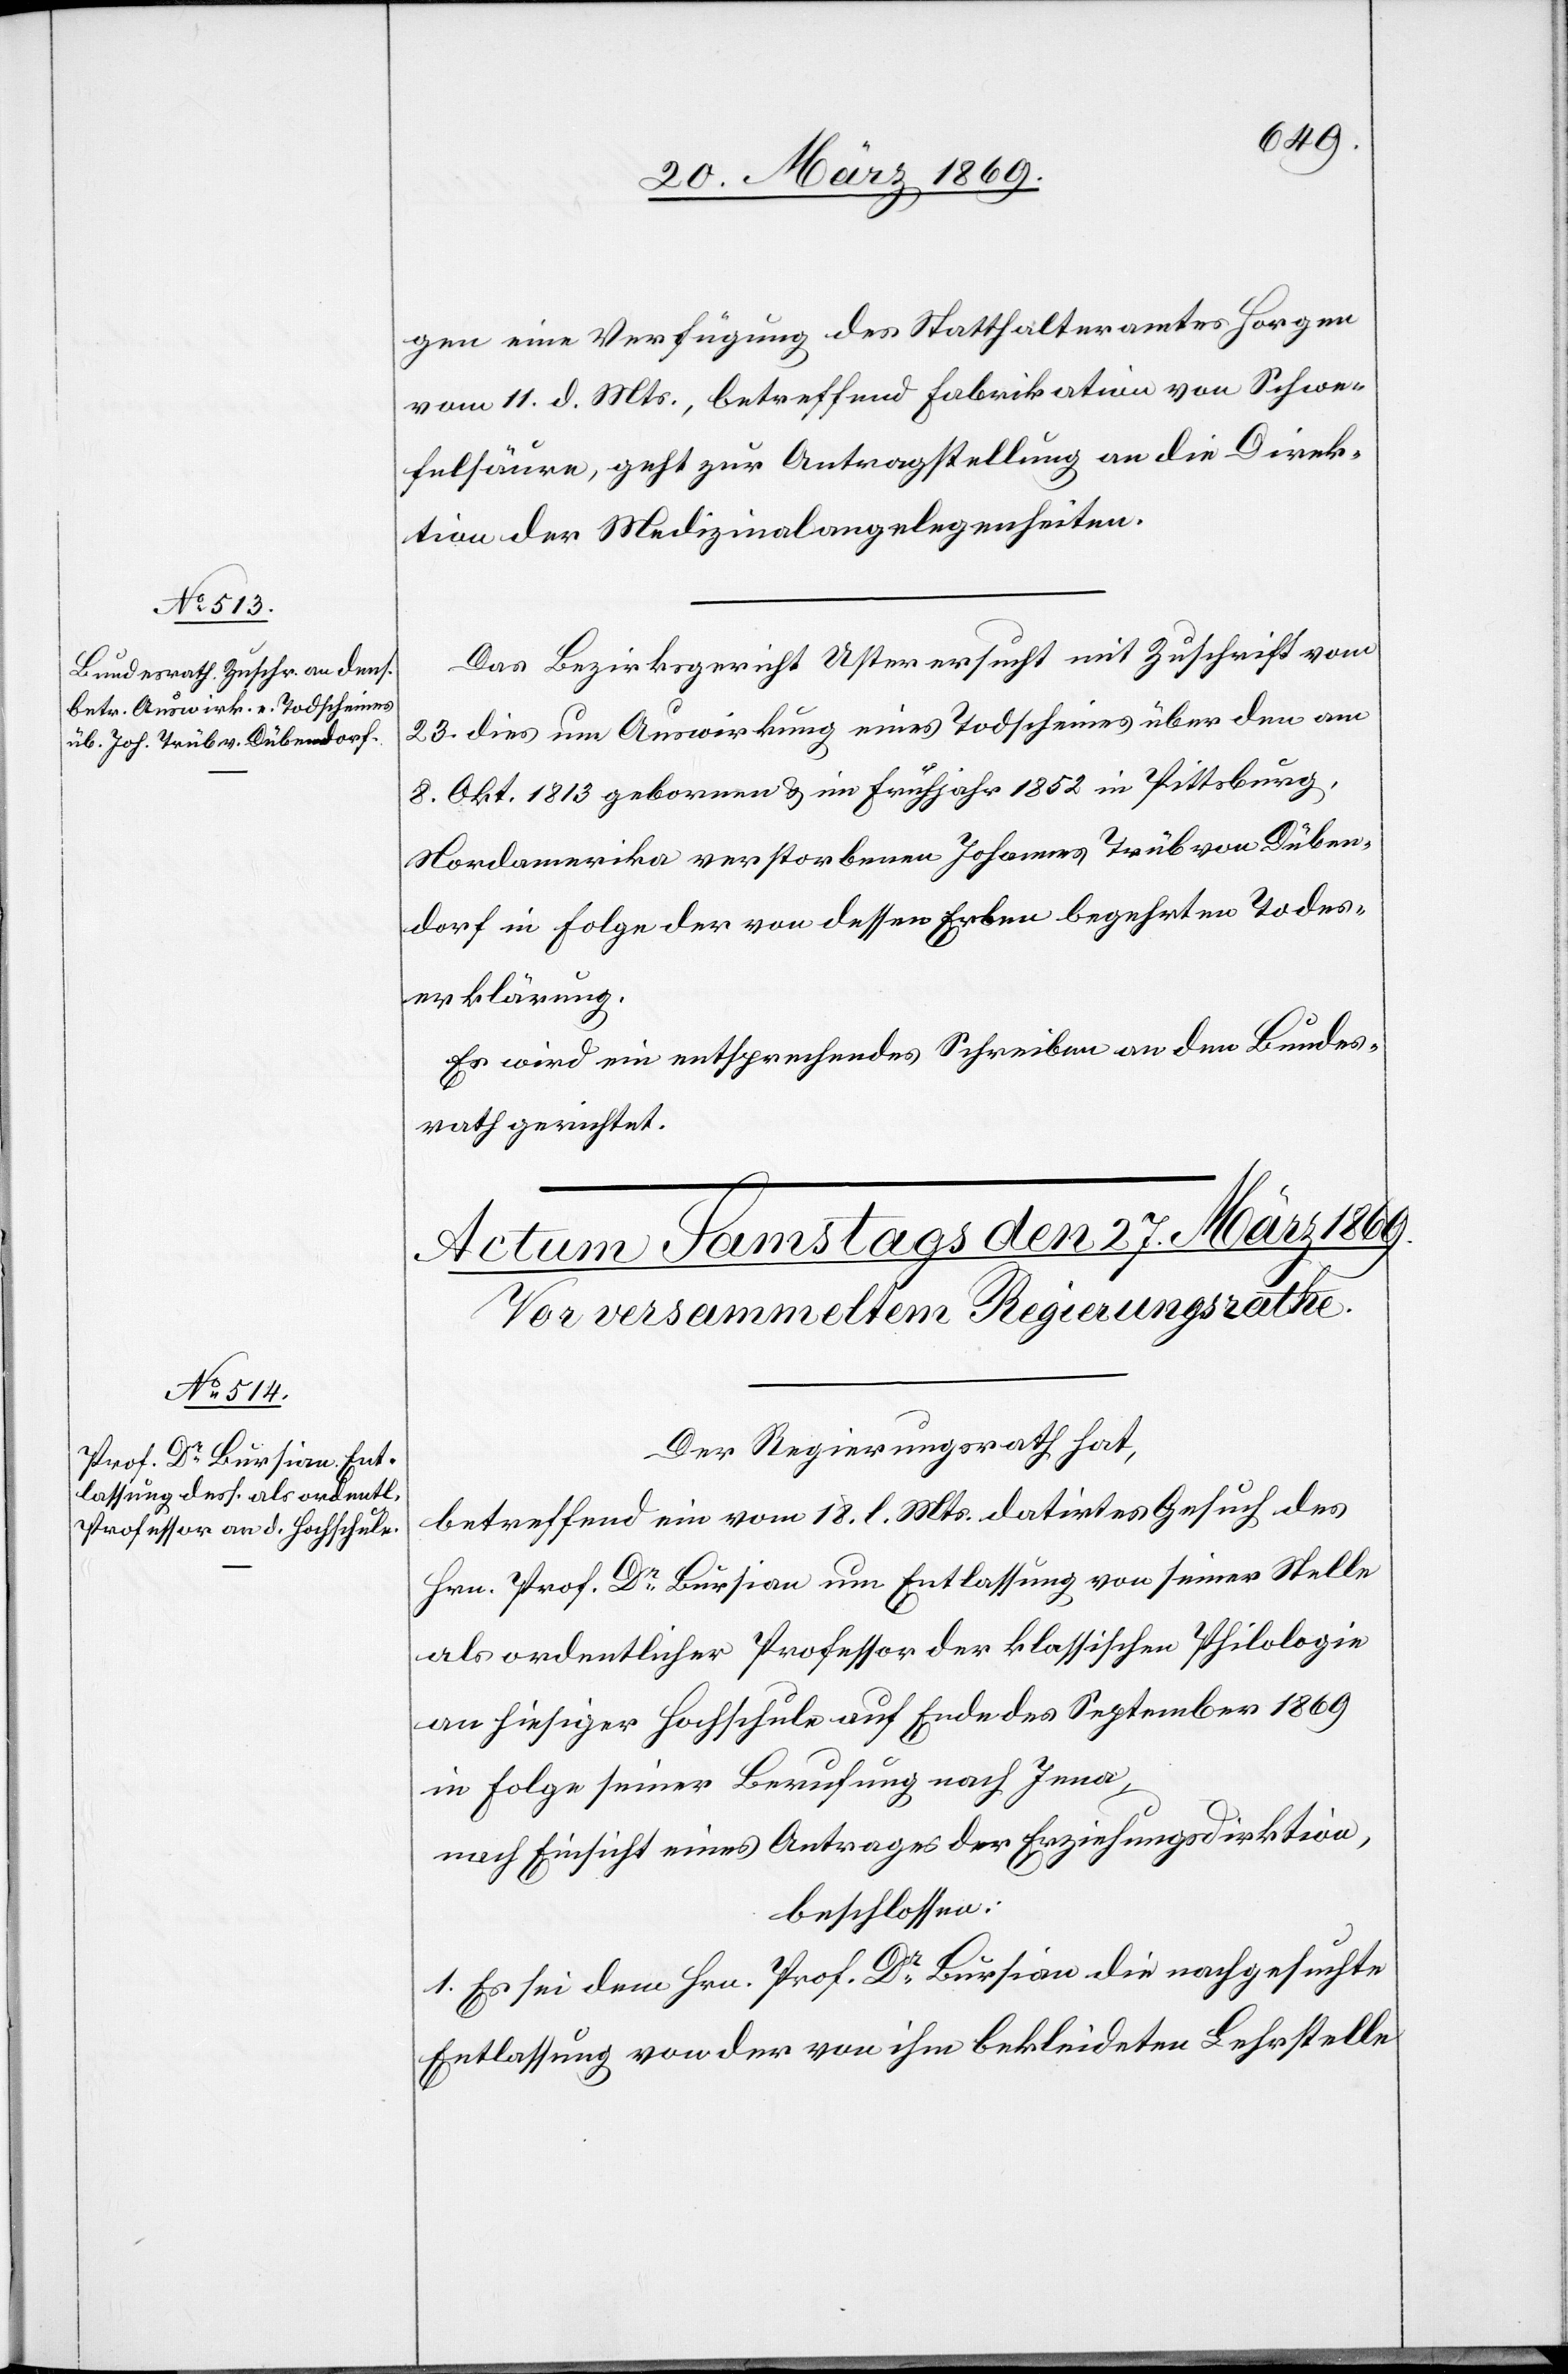
26. März 1869.]
gen eine Verfügung des Statthalteramtes Horgen
vom 11. d. Mts., betreffend Fabrikation von Schwe¬
felsäure, geht zur Antragstellung an die Direk¬
tion der Medizinalangelegenheiten.
Das Bezirksgericht Uster ersucht mit Zuschrift vom
23. dies um Auswirkung eines Todscheines über den am
8. Okt. 1813 gebornen u. im Frühjahr 1852 in Pittsburg,
Nordamerika verstorbenen Johannes Trüb von Düben¬
dorf in Folge der von dessen Erben begehrten Todes¬
erklärung.
Es wird ein entsprechendes Schreiben an den Bundes¬
rath gerichtet.
Der Regierungsrath hat,
betreffend ein vom 18. l. Mts. datirtes Gesuch des
Hrn. Prof. Dr Bursion um Entlassung von seiner Stelle
als ordentlicher Professor der klassischen Philologie
an hiesiger Hochschule auf Ende des September 1869
in Folge seiner Berufung nach Jena,
nach Einsicht eines Antrages der Erziehungsdirektion,
beschlossen:
1. Es sei dem Hrn. Prof. Dr Bursion die nachgesuchte
Entlassung von der von ihm bekleideten Lehrstelle